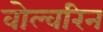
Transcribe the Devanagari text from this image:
वोल्वरिन